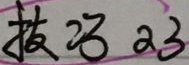
20 20 20 40